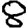
Digit: 8